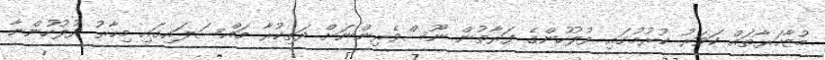
މުޒާހަރާތައް ކަވަރު ކުރުމުގައި ފުލުހުންގެ ފަރާތުން ނޫސްވެރިންނަށް ދަތިކުރާ މައްސަލައިގައި މިހާރު ފުލުހުންނާ